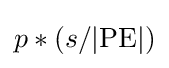
p*(s/|{\text{PE}}|)